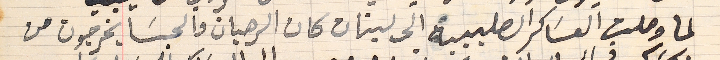
لما وصلت العسَاكر الصليبية الى لبنان كان الرهبان والحبسَا يخرجون من